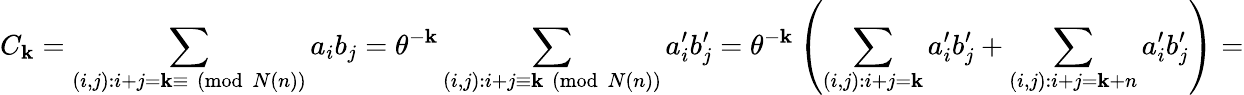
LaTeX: C_{\mathbf{k}}=\sum_{(i,j):i+j=\mathbf{k}\equiv{\pmod{N(n)}}}{a_{i}b_{j}}=\theta^{-\mathbf{k}}\sum_{(i,j):i+j\equiv\mathbf{k}{\pmod{N(n)}}}{a_{i}^{\prime}b_{j}^{\prime}}=\theta^{-\mathbf{k}}\left(\sum_{(i,j):i+j=\mathbf{k}}{a_{i}^{\prime}b_{j}^{\prime}}+\sum_{(i,j):i+j=\mathbf{k}+n}{a_{i}^{\prime}b_{j}^{\prime}}\right)=